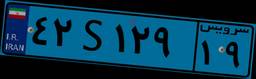
۹۳S۴۴۳۸۶